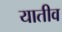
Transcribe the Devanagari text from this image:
यातीव